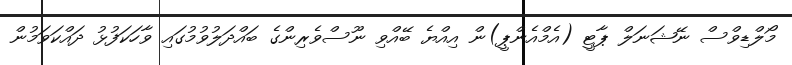
މޯލްޑިވްސް ނޭޝަނަލް ޕާޓީ (އެމްއެންޕީ)ން އިއްޔެ ބޭއްވި ނޫސްވެރިންގެ ބައްދަލުވުމުގައި ވާހަކަފުޅު ދައްކަވަމުން